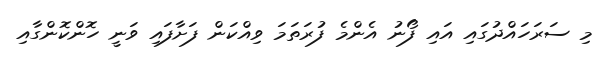
މި ސަރަހައްދުގައި އައި ފޯނު އެންމެ ފުރަތަމަ ވިއްކަން ފަށާފައި ވަނީ ހޮންކޮންގާއި